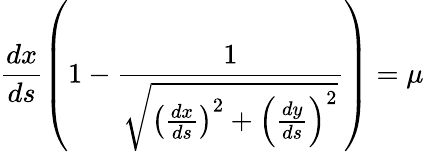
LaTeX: \frac{dx}{ds}\left(1-\frac{1}{\sqrt{\left(\frac{dx}{ds}\right)^{2}+\left(\frac{dy}{ds}\right)^{2}}}\right)=\mu